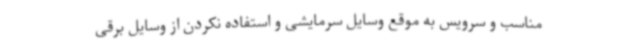
مناسب و سرویس به موقع وسایل سرمایشی و استفاده نکردن از وسایل برقی